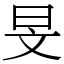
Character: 旻